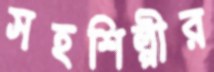
সহশিল্পীর